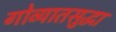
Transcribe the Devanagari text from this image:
गोव्यातसुद्धा